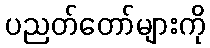
ပညတ်တော်များကို